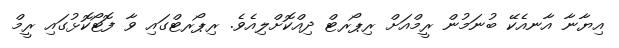
އިޔާނާ އާނއެކޭ ބުނަމުން ރީމްއަށް ރިޕޯރޓް ދިއްކޮށްލިއެވެ. ރިޕޯރޓްގައި ވާ ފޮޓޯކޮޅުގައި ރީމް